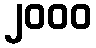
၂၀၀၀